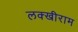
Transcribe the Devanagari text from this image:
लक्खीराम